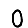
Digit: 0